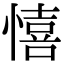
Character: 憘